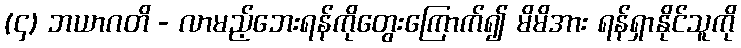
(၄) ဘယာဂတိ - လာမည့်ဘေးရန်ကိုတွေးကြောက်၍ မိမိအား ရန်ရှာနိုင်သူကို